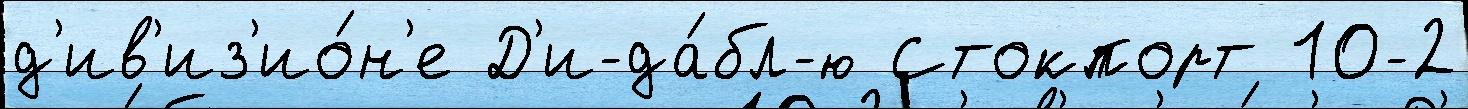
д'ив'из'ио́н'е Д'и-да́бл-ю Стокпорт 10-2